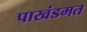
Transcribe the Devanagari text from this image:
पाखंडमत